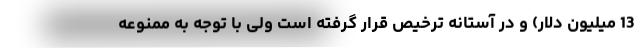
13 میلیون دلار) و در آستانه ترخیص قرار گرفته است ولی با توجه به ممنوعه